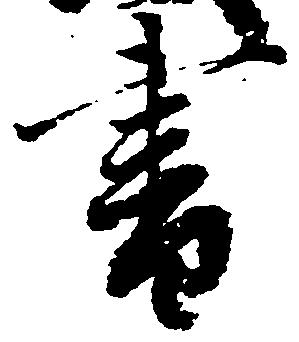
書